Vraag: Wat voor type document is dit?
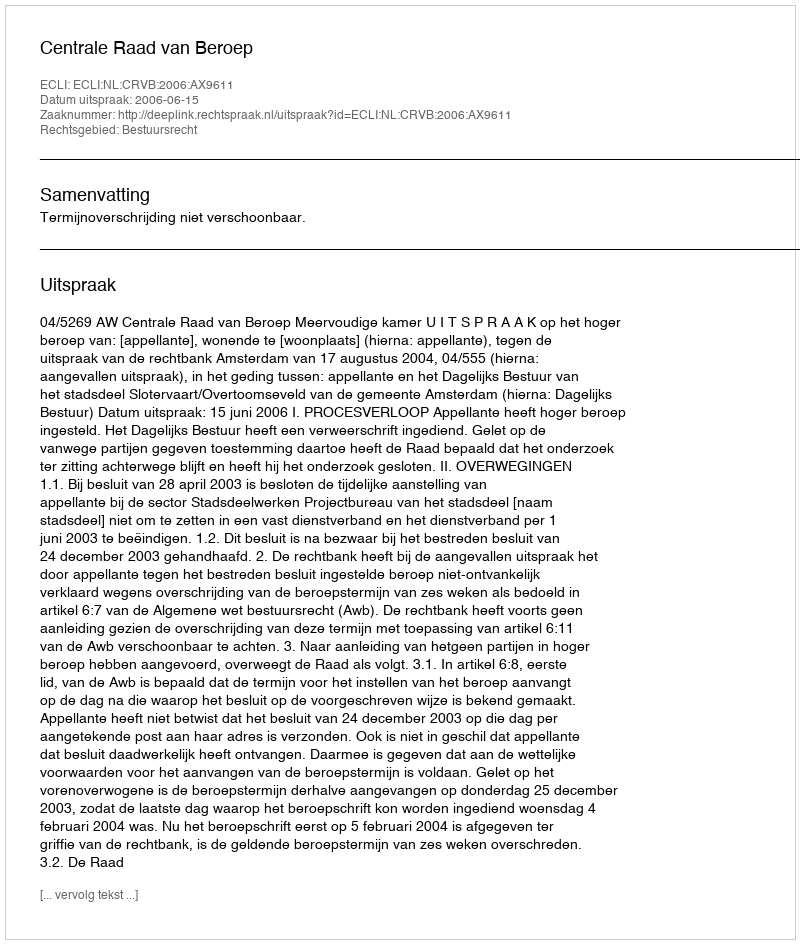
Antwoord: Uitspraak